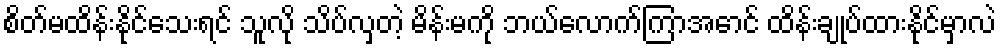
စိတ်မထိန်းနိုင်သေးရင် သူလို သိပ်လှတဲ့ မိန်းမကို ဘယ်လောက်ကြာအောင် ထိန်းချုပ်ထားနိုင်မှာလဲ